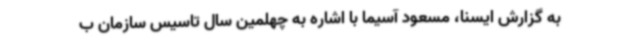
به گزارش ایسنا، مسعود آسیما با اشاره به چهلمین سال تاسیس سازمان ب